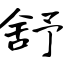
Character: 舒